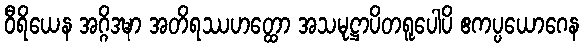
ဝီရိယေန အဂ္ဂိဒဍ္ဎာ အတိရဿဟတ္ထော အသမုဋ္ဌာပိတရူပေါပိ ဧကပ္ပယောဂေန